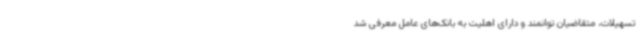
تسهیلات، متقاضیان توانمند و دارای اهلیت به بانک‌های عامل معرفی شد